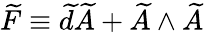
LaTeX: \widetilde{F}\equiv\widetilde{d}\widetilde{A}+\widetilde{A}\wedge\widetilde{A}